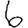
Digit: 6